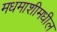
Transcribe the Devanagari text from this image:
मधमाशीमधील